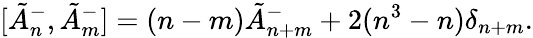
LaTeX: [\tilde{A}_{n}^{-},\tilde{A}_{m}^{-}]=(n-m)\tilde{A}_{n+m}^{-}+2(n^{3}-n)\delta_{n+m}.